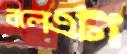
বলেএটা